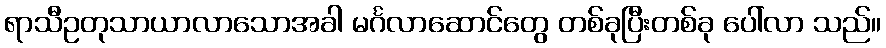
ရာသီဥတုသာယာလာသောအခါ မင်္ဂလာဆောင်တွေ တစ်ခုပြီးတစ်ခု ပေါ်လာ သည်။